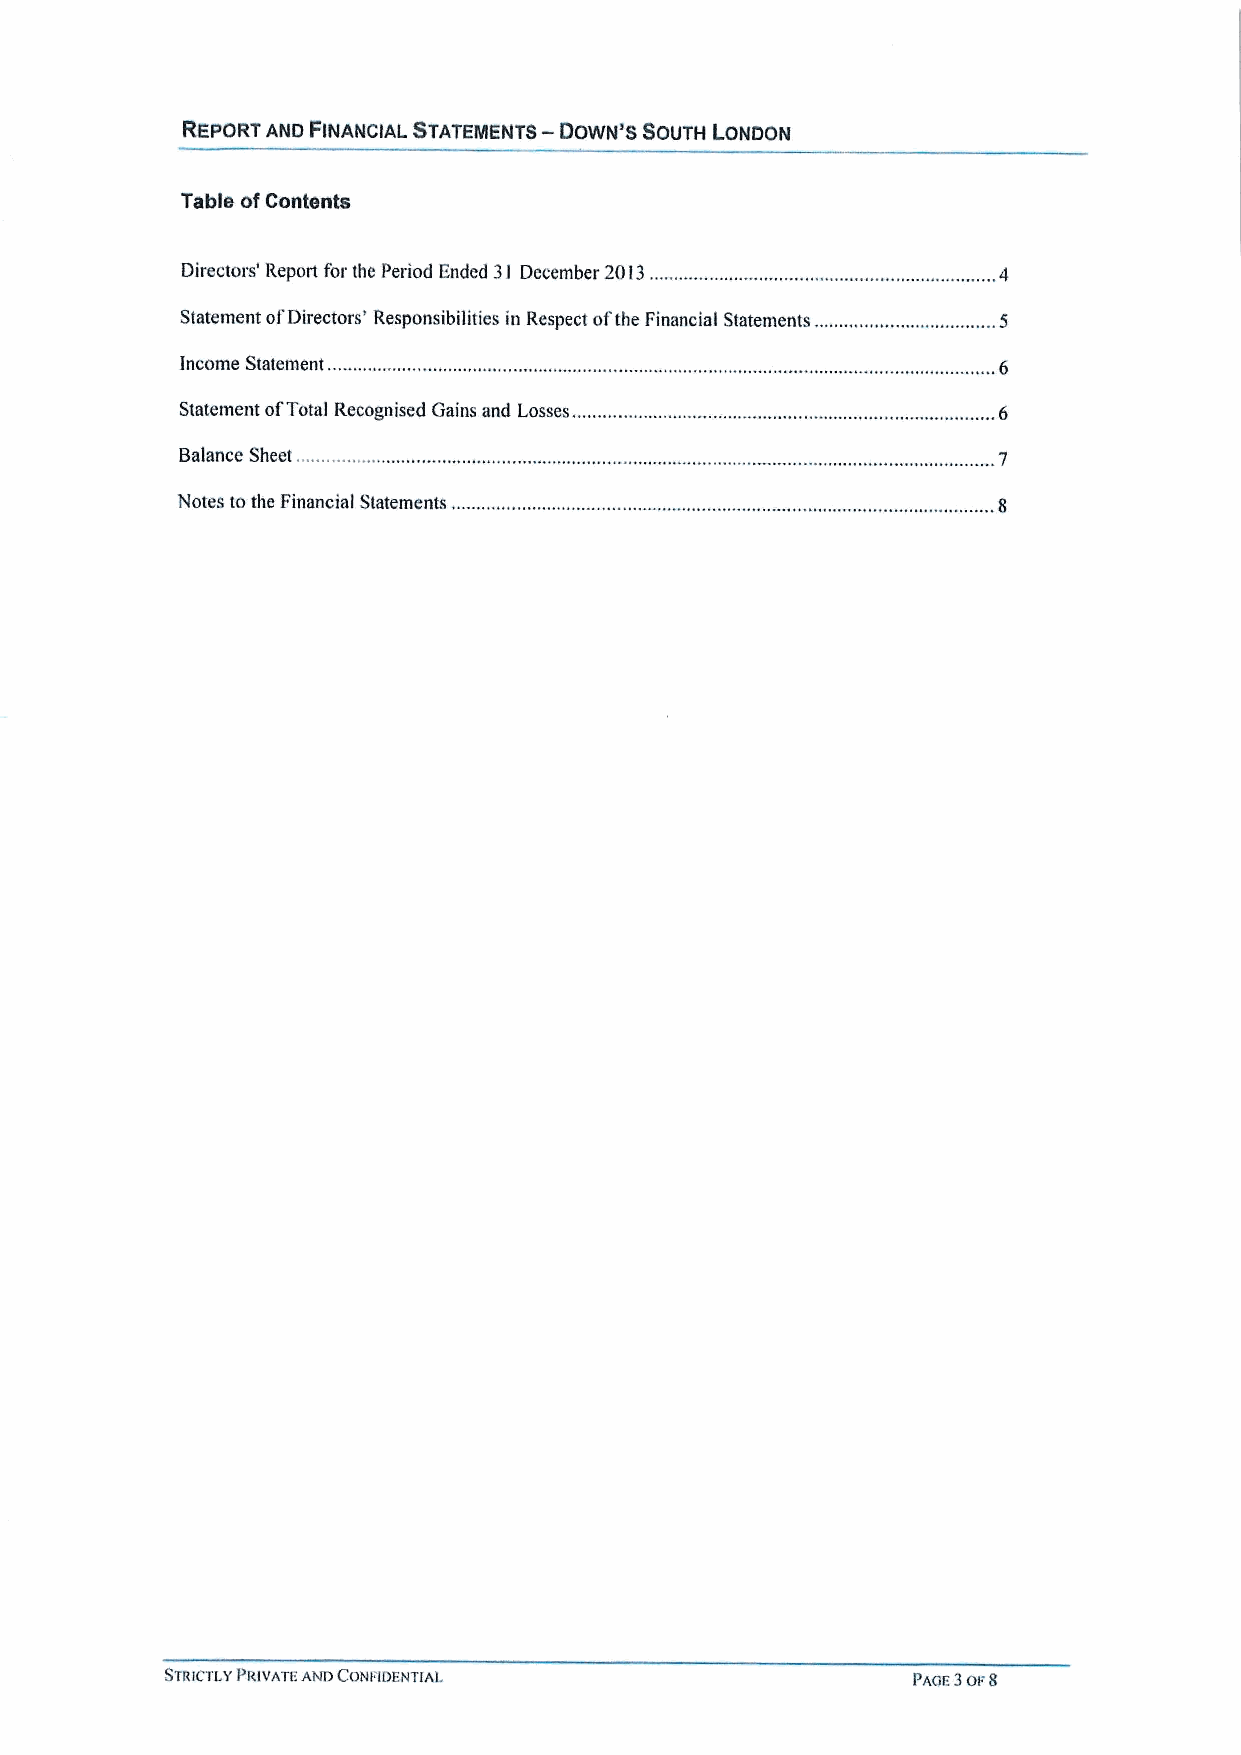
—
 REPORT AND FINANCIAL STATEMENTS DOWN'S SOUTH LONDON
 Table ofContents
 Directors' Report for the Period Ended 3l December 2013.
 Statement ofDirectors' Responsibilities in Respect ofthe Financial Statements ..
 Income Statement.
 Statement ofTotal Recognised Gains and Losses.,
 Balance Sheet,
 Notes tothe Financial Statements
 STRICTLYPRIVATE AND CONFIDENTIAL                 PAGE3OF8